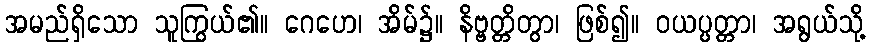
အမည်ရှိသော သူကြွယ်၏။ ဂေဟေ၊ အိမ်၌။ နိဗ္ဗတ္တိတွာ၊ ဖြစ်၍။ ဝယပ္ပတ္တာ၊ အရွယ်သို့